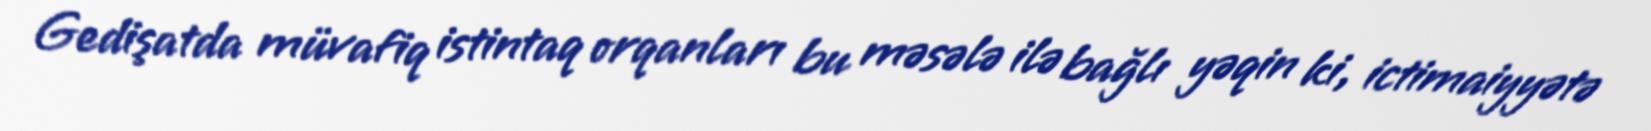
Gedişatda müvafiq istintaq orqanları bu məsələ ilə bağlı yəqin ki, ictimaiyyətə